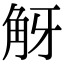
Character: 𧣐